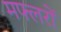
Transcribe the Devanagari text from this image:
मफ्लरों